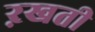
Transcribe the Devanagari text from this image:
ऱखती